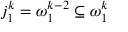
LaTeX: j _ { 1 } ^ { k } = \omega _ { 1 } ^ { k - 2 } \subseteq \omega _ { 1 } ^ { k }